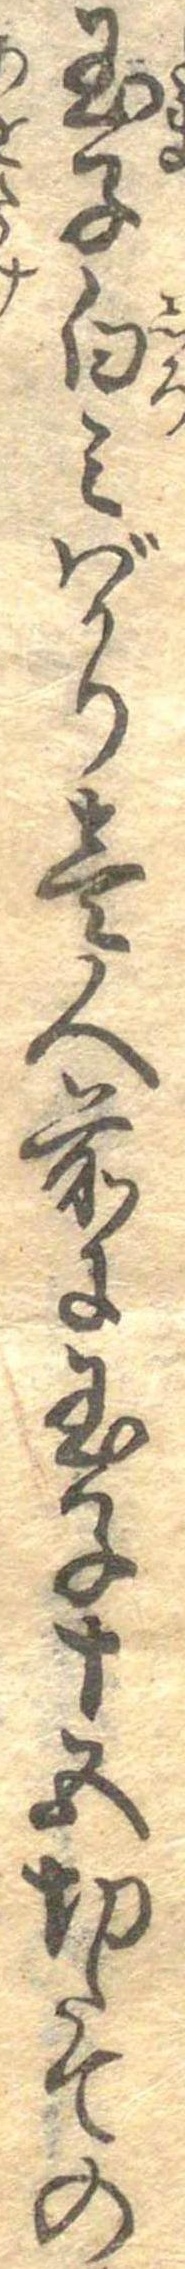
玉子白みばかり壱人前に玉子十五切たての